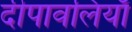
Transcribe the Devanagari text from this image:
दीपावलियाँ